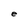
Character: e